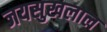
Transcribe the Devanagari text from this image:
जयसुखलाल